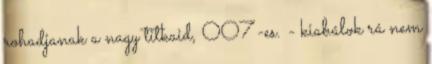
rohadjanak a nagy titkaid, 007-es. - kiabálok rá nem